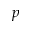
p